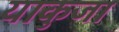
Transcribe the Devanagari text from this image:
याकुजा